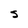
Character: S